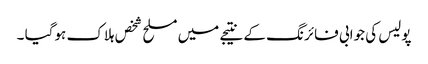
پولیس کی جوابی فائرنگ کے نتیجے میں مسلح شخص ہلاک ہوگیا ۔